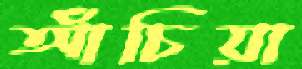
আঁচিয়া